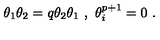
\theta _ { 1 } \theta _ { 2 } = q \theta _ { 2 } \theta _ { 1 } \ , \ \theta _ { i } ^ { p + 1 } = 0 \ .